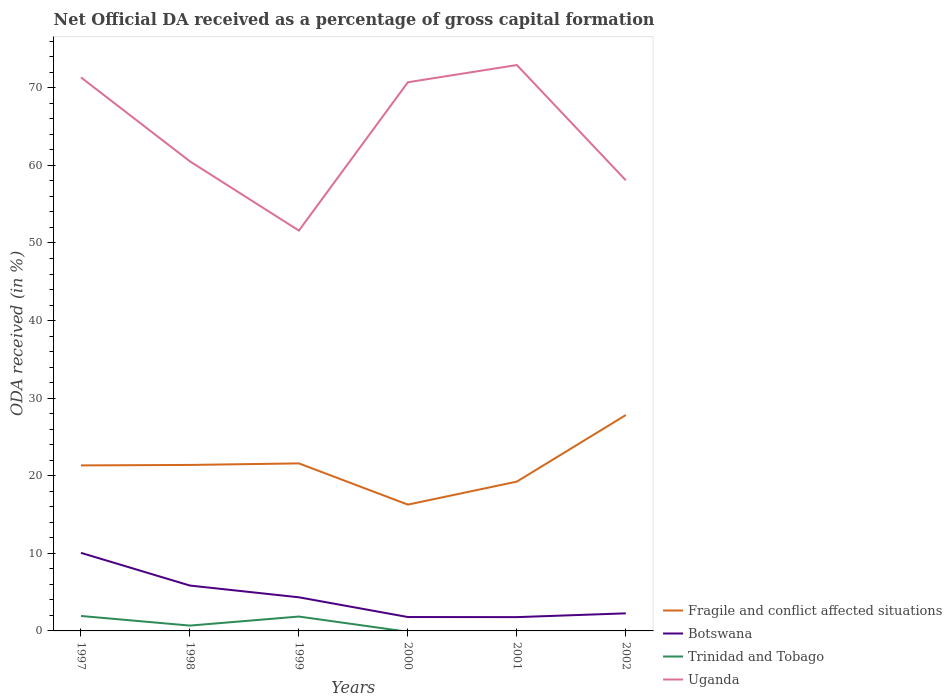
| Years | Fragile and conflict affected situations | Botswana | Trinidad and Tobago | Uganda |
 | --- | --- | --- | --- | --- |
 | 1997 | 21.3 | 10.1 | 1.93 | 71.3 |
 | 1998 | 21.4 | 5.85 | 0.688 | 60.5 |
 | 1999 | 21.6 | 4.33 | 1.85 | 51.6 |
 | 2000 | 16.3 | 1.79 | -0.112 | 70.7 |
 | 2001 | 19.2 | 1.78 | -0.0734 | 72.9 |
 | 2002 | 27.8 | 2.26 | -0.421 | 58.1 |